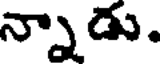
న్నాడు.